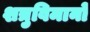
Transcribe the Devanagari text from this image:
शत्रुविमानों